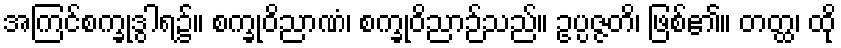
အကြင်စက္ခုဒွါရ၌။ စက္ခုဝိညာဏံ၊ စက္ခုဝိညာဉ်သည်။ ဥပ္ပဇ္ဇတိ၊ ဖြစ်၏။ တတ္ထ၊ ထို